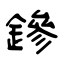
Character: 鏒